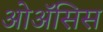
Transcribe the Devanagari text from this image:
ओॲसिस